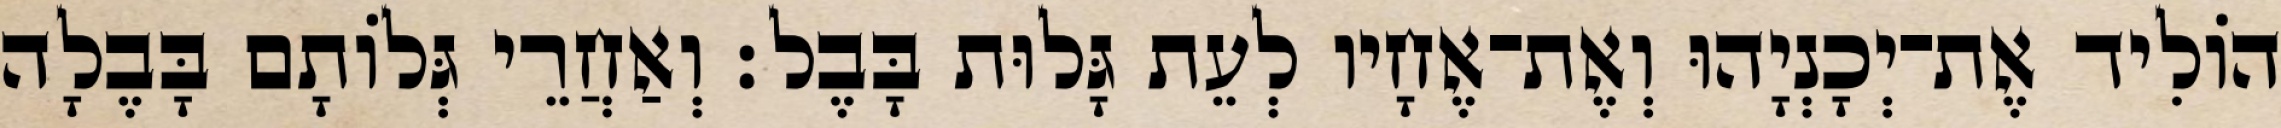
הוֹלִיד אֶת־יְכָנְיָהוּ וְאֶת־אֶחָיו לְעֵת גָּלוּת בָּבֶל׃ וְאַחֲרֵי גְּלוֹתָם בָּבֶלָה